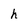
Character: h